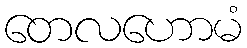
တေလဟောမံ